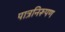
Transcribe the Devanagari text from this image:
पात्रनिरूपण